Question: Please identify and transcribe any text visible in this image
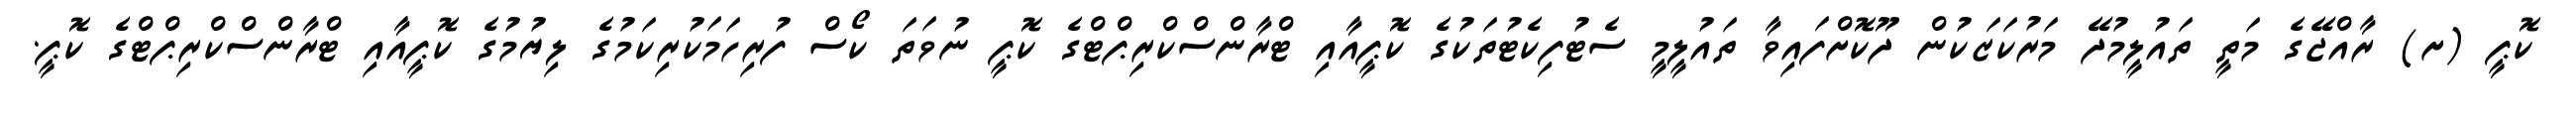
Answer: ކޮޕީ (ށ) ރާއްޖޭގެ މަތީ ތައުލީމުދޭ މަރުކަޒަކުން ދޫކޮށްފައިވާ ތައުލީމީ ސެޓުފިކެޓުތަކުގެ ކޮޕީއާއި ޓްރާންސްކްރިޕްޓްގެ ކޮޕީ ނުވަތަ ކޯސް ފުރިހަމަކުރިކަމުގެ ލިޔުމުގެ ކޮޕީއާއި ޓްރާންސްކްރިޕްޓްގެ ކޮޕީ.